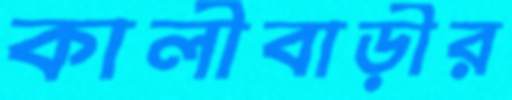
কালীবাড়ীর